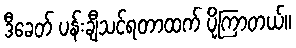
ဒီခေတ် ပန်းချီသင်ရတာထက် ပိုကြာတယ်။